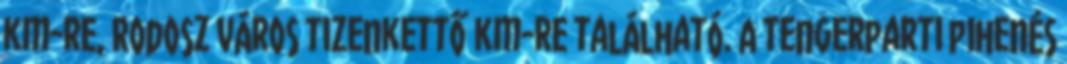
km-re, Rodosz város tizenkettő km-re található. A tengerparti pihenés